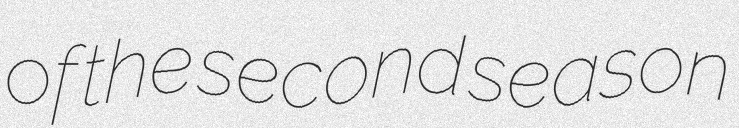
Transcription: of the second season